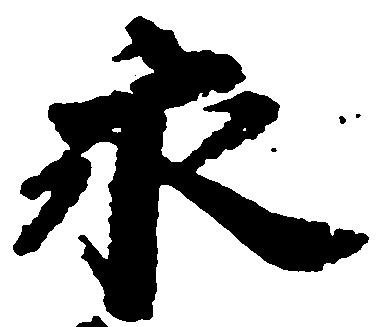
永